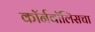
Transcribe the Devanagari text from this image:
कॉर्नवॉलिसचा